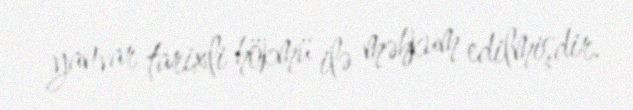
yanvar tarixli hökmü ilə məhkum edilmişdir.